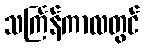
သင်္ကြန်ကာလတွင်